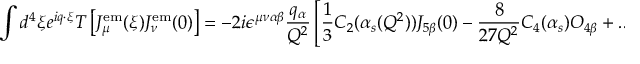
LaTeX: \int d ^ { 4 } \xi e ^ { i q \cdot \xi } T \left[ J _ { \mu } ^ { \mathrm { e m } } ( \xi ) J _ { \nu } ^ { \mathrm { e m } } ( 0 ) \right] = - 2 i \epsilon ^ { \mu \nu \alpha \beta } { \frac { q _ { \alpha } } { Q ^ { 2 } } } \left[ { \frac { 1 } { 3 } } C _ { 2 } ( \alpha _ { s } ( Q ^ { 2 } ) ) J _ { 5 \beta } ( 0 ) - { \frac { 8 } { 2 7 Q ^ { 2 } } } C _ { 4 } ( \alpha _ { s } ) O _ { 4 \beta } + . . . \right] ,